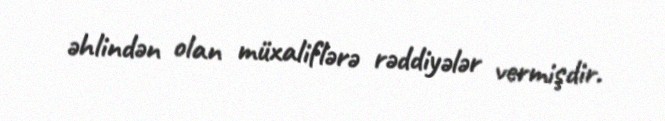
əhlindən olan müxaliflərə rəddiyələr vermişdir.